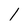
Character: 1